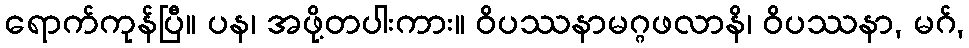
ရောက်ကုန်ပြီ။ ပန၊ အဖို့တပါးကား။ ဝိပဿနာမဂ္ဂဖလာနိ၊ ဝိပဿနာ, မဂ်,